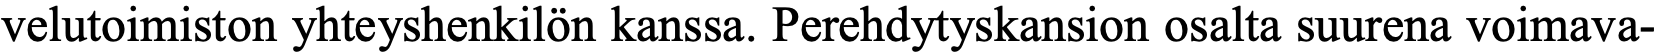
velutoimiston yhteyshenkilön kanssa. Perehdytyskansion osalta suurena voimava-